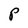
Character: P